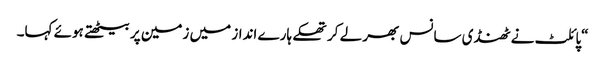
“پائلٹ نے ٹھنڈی سانس بھر لے کر تھکے ہارے انداز میں زمین پر بیٹھتے ہوئے کہا۔